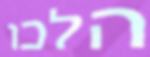
הלכו